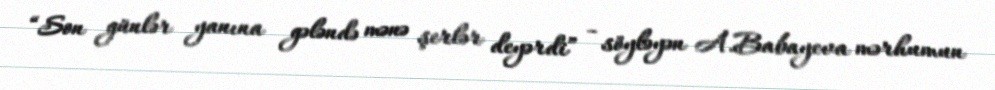
“Son günlər yanına gələndə mənə şerlər deyərdi” - söyləyən A.Babayeva mərhumun